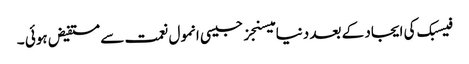
فیسبک کی ایجاد کے بعد دنیا میسنجز جیسی انمول نعمت سے مستفیض ہوئی ۔